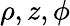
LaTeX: \rho,z,\phi